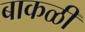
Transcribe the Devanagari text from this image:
बाकळी